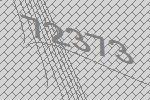
72373